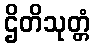
ဌိတိသုတ္တံ